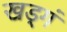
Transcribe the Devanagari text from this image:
खड्गं